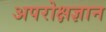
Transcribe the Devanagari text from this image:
अपरोक्षज्ञान